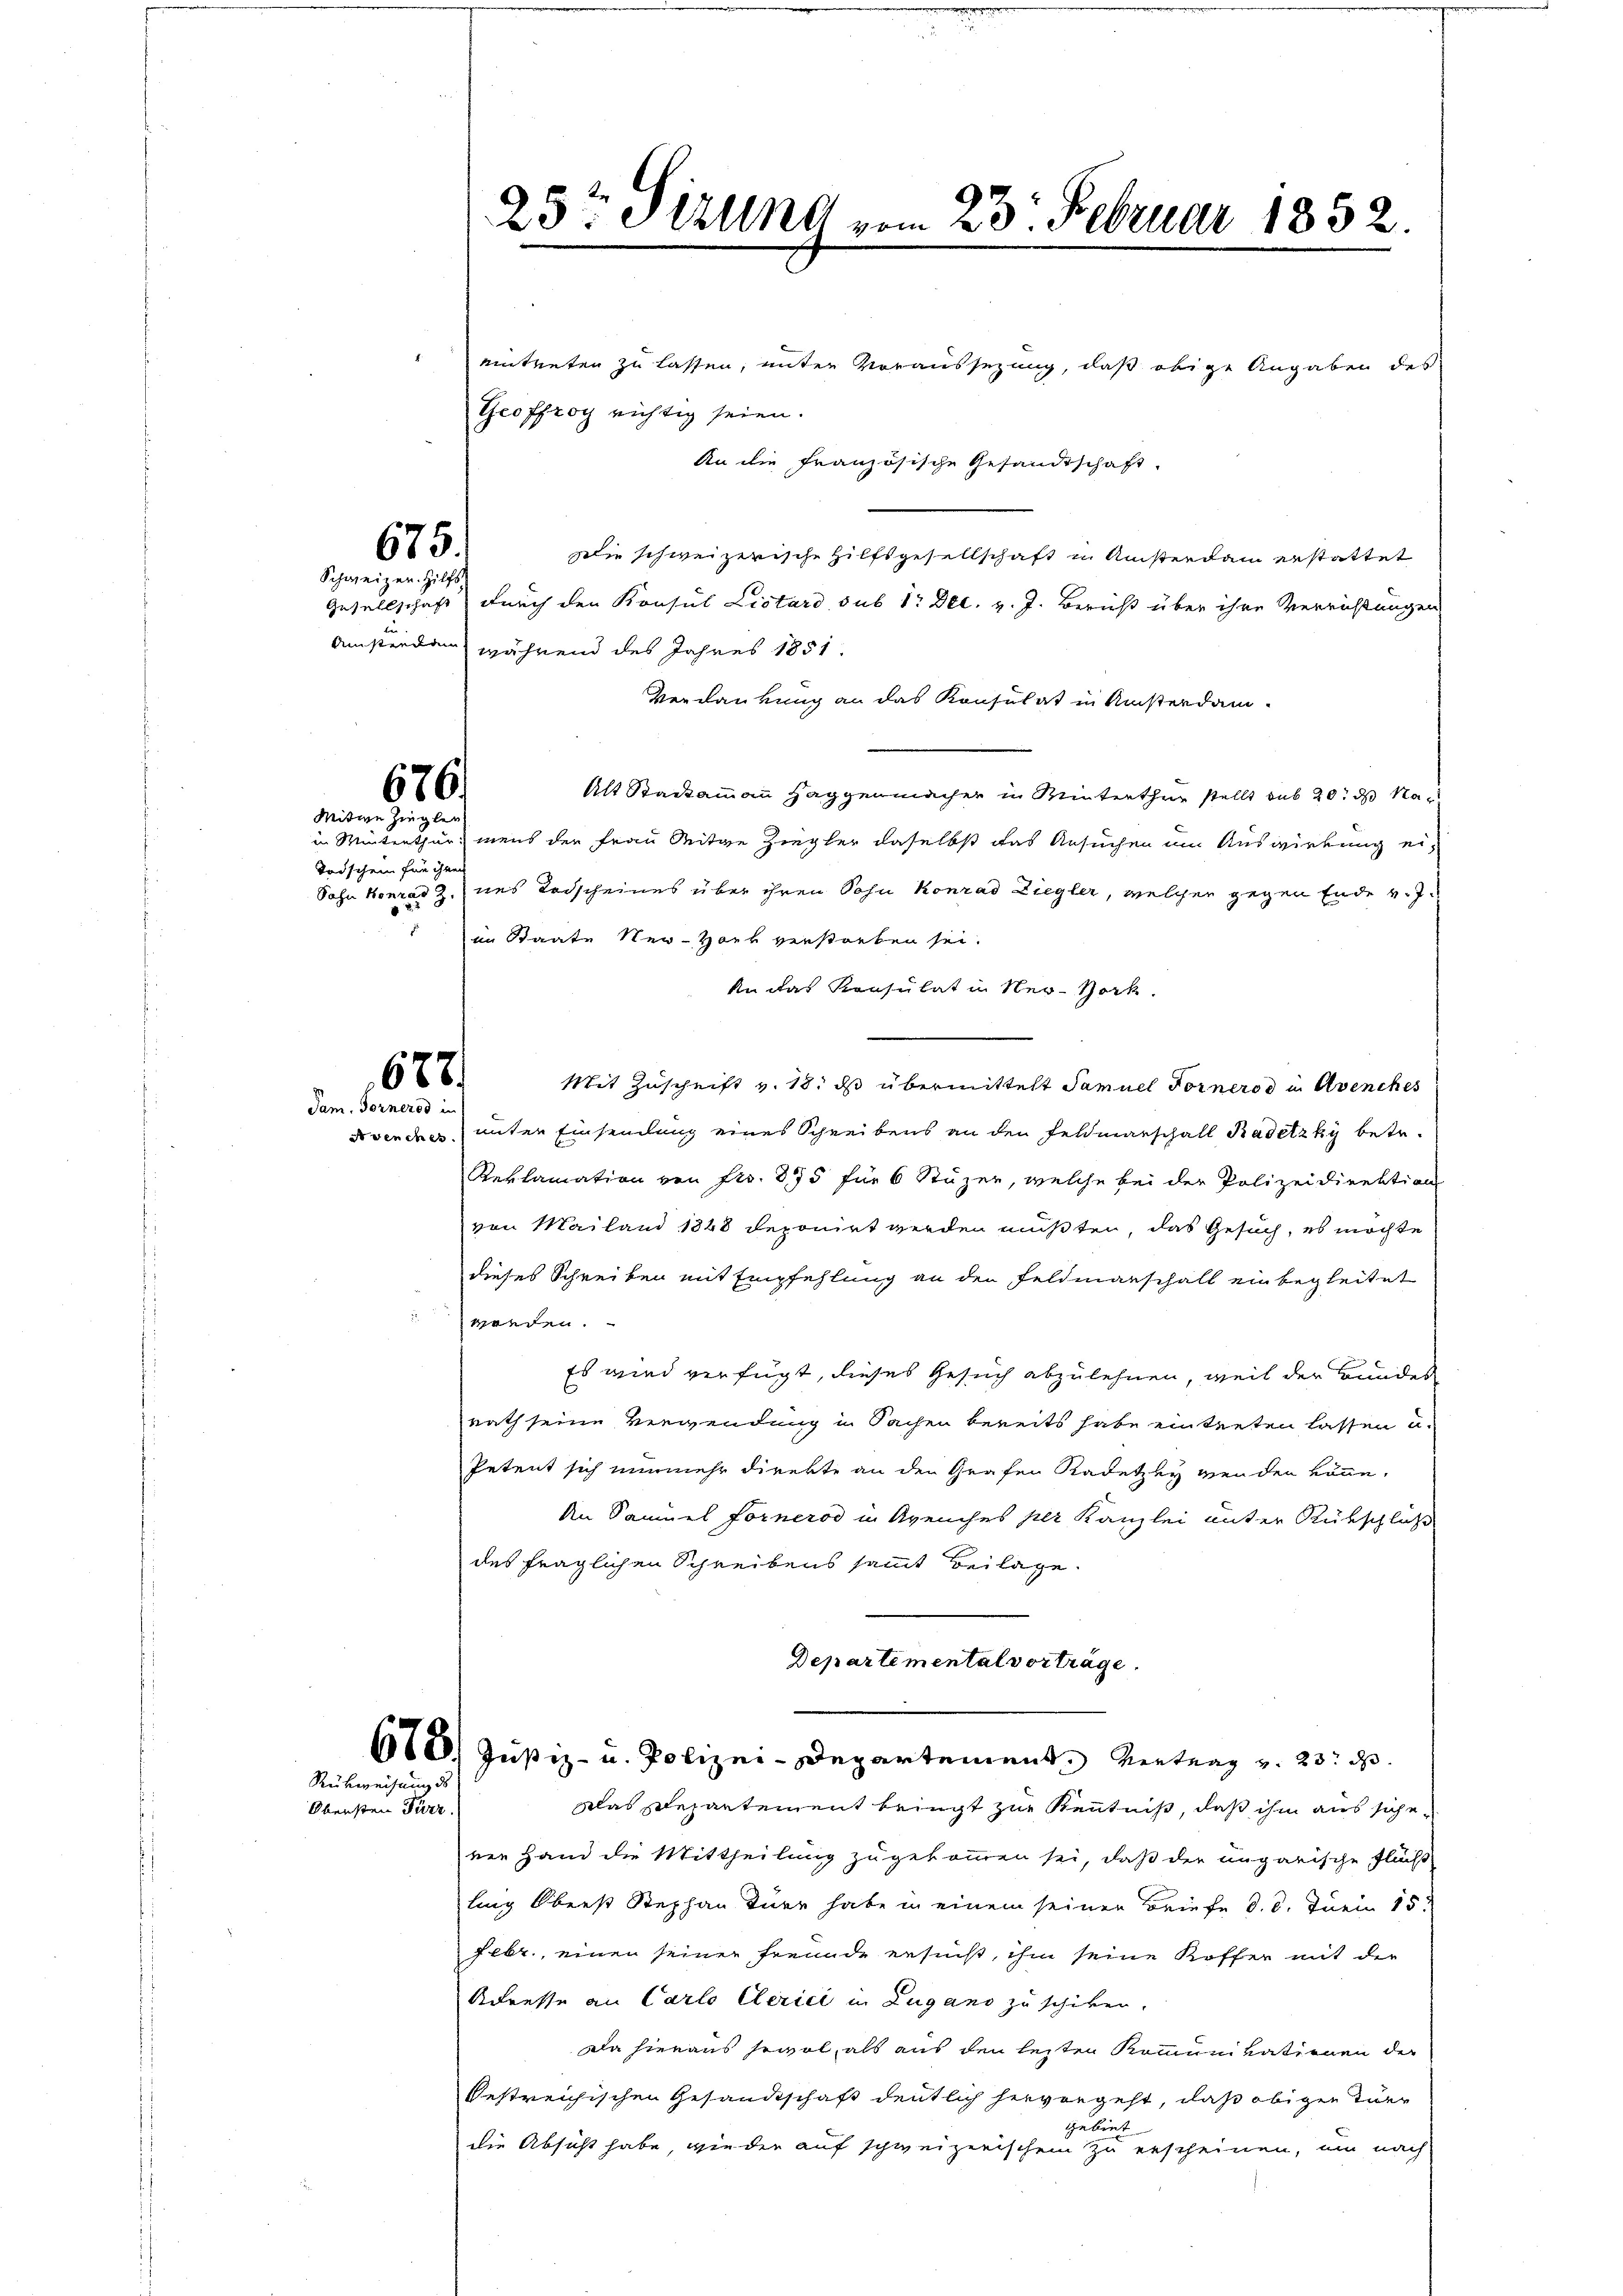
675.
Schweizer. Hilfs

676/
Meitwe Ziegler

Todschein für ihrer

678.
Tam. Fornerod in

eintreten zu lassen, unter Voraussezung, daß obige Angaben des
Geoffrog richtig seien.
An die Französische Gesandtschaft.
Die schweizerische Hilfsgesellschaft in Ansterdam erstattet
Gesellschaft durch den Konsul Listard sub 1. Dec. v. J. Bericht über ihre Verrichtungen
Amstenden während des Jahres 1851
Verdankung an das Konsulat in Ansterdam-
Alt Stadtammann Haggenmacher in Winterthur stellt sub 20. ds Nac
in Winterthur, mens der Frau Mitge Ziegler daselbst das Ansuchen um Auswirkung ei¬
Sohn Konrad Z. uns Todscheines über ihren Sohn Konrad Ziegler, welcher gegen Ende v. J.
im Staate Ner-Hork verstorben sei.
An das Konsulat in New-York.
Mit Zuschrift v. 18. ds übermittelt Samuel Forneros in Avenches
Svencher unter Einsendung eines Schreibens an den Feldmarschall Radetzky betr.
Reklamation von Fr. 895 für 6 Stuzer, welche bei der Polizeidirektion
von Mailand 1848 deponirt werden müßten, das Gesuch, es möchte
dieses Schreiben mit Empfehlung an den Feldmanschall einbegleitet
worden.
Es wird verfügt, dieses Gesuch abzulehnen, weil der Bundes
rath seine Verwendung in Sachen bereits habe eintreten lassen u.
Petent sich nunmehr direkte an den Grafen Radetzky wenden könne.
An Samuel Forneros in Avenches per Kanzlei unter Rückschluß
des fraglichen Schreibens sammt Beilage
Departemental vorträge.
610. Justiz- u. Polizei-Departement. Vertrag u. 23. d.
Was Departement bringt zur Kenntniß, daß ihm aus siche
ner Hand die Mittheilung zugekommen sei, daß der ungarische Flücht
ling Oberst Stephan tuer habe in einem seiner Briefe d. d. Juni 153.
Febr., einen seiner freunde ersucht, ihm seine Koffer mit der
Adresse an Carlo Clerici in Lugano zu schiken.
Da hieraus sowol, als aus den leiten Kommunikationen der
Oestreichischen Gesandtschaft deutlich hervorgeht, daß obigen Tier
gebiet
die Absicht habe, wie der auf schweizerischen zu erscheinen, um nach

Rückweisen
Obersten Perr

23: Und vom 23. Februar 1852